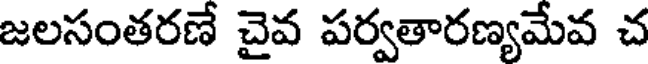
జలసంతరణే చైవ పర్వతారణ్యమేవ చ